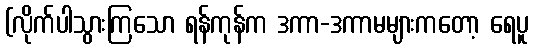
(လိုက်ပါသွားကြသော ရန်ကုန်က ဒကာ-ဒကာမများကတော့ ရေပူ